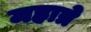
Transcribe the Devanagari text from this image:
महात्रे